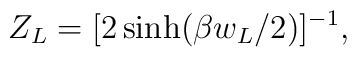
Z_L=[2\sinh(\beta w_L/2)]^{-1},